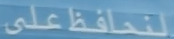
لنحافظعلى